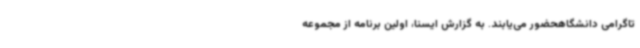
تاگرامی دانشگاهحضور می‌یابند. به گزارش ایسنا، اولین برنامه از مجموعه